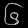
Digit: ၆